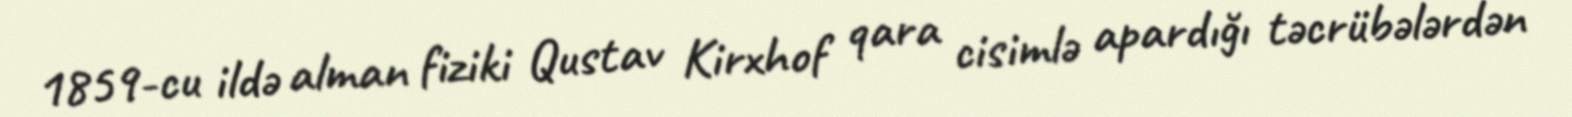
1859-cu ildə alman fiziki Qustav Kirxhof qara cisimlə apardığı təcrübələrdən